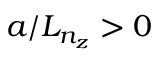
a / L _ { n _ { z } } > 0